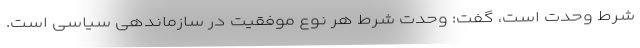
شرط وحدت است، گفت: وحدت شرط هر نوع موفقیت در سازماندهی سیاسی است.